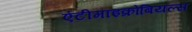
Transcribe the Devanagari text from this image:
एंटीमाइक्रोबियल्स